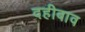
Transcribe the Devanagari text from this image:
दहीबाव